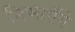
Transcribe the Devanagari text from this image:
निभाएँगे